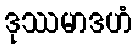
ဒုဿမာဒဟံ